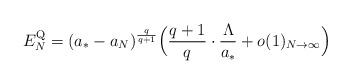
LaTeX: \begin{align*}E_{N}^{\rm Q} = (a_{*}-a_{N})^{\frac{q}{q+1}} \Big(\frac{q+1}{q}\cdot\frac{\Lambda}{a_{*}} + o(1)_{N\to\infty}\Big)\end{align*}